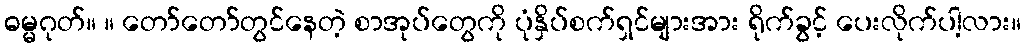
ဓမ္မဂုတ်။ ။ တော်တော်တွင်နေတဲ့ စာအုပ်တွေကို ပုံနှိပ်စက်ရှင်များအား ရိုက်ခွင့် ပေးလိုက်ပါ့လား။